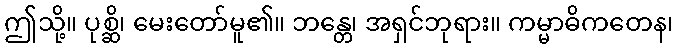
ဤသို့။ ပုစ္ဆိ၊ မေးတော်မူ၏။ ဘန္တေ၊ အရှင်ဘုရား။ ကမ္မာဓိကတေန၊